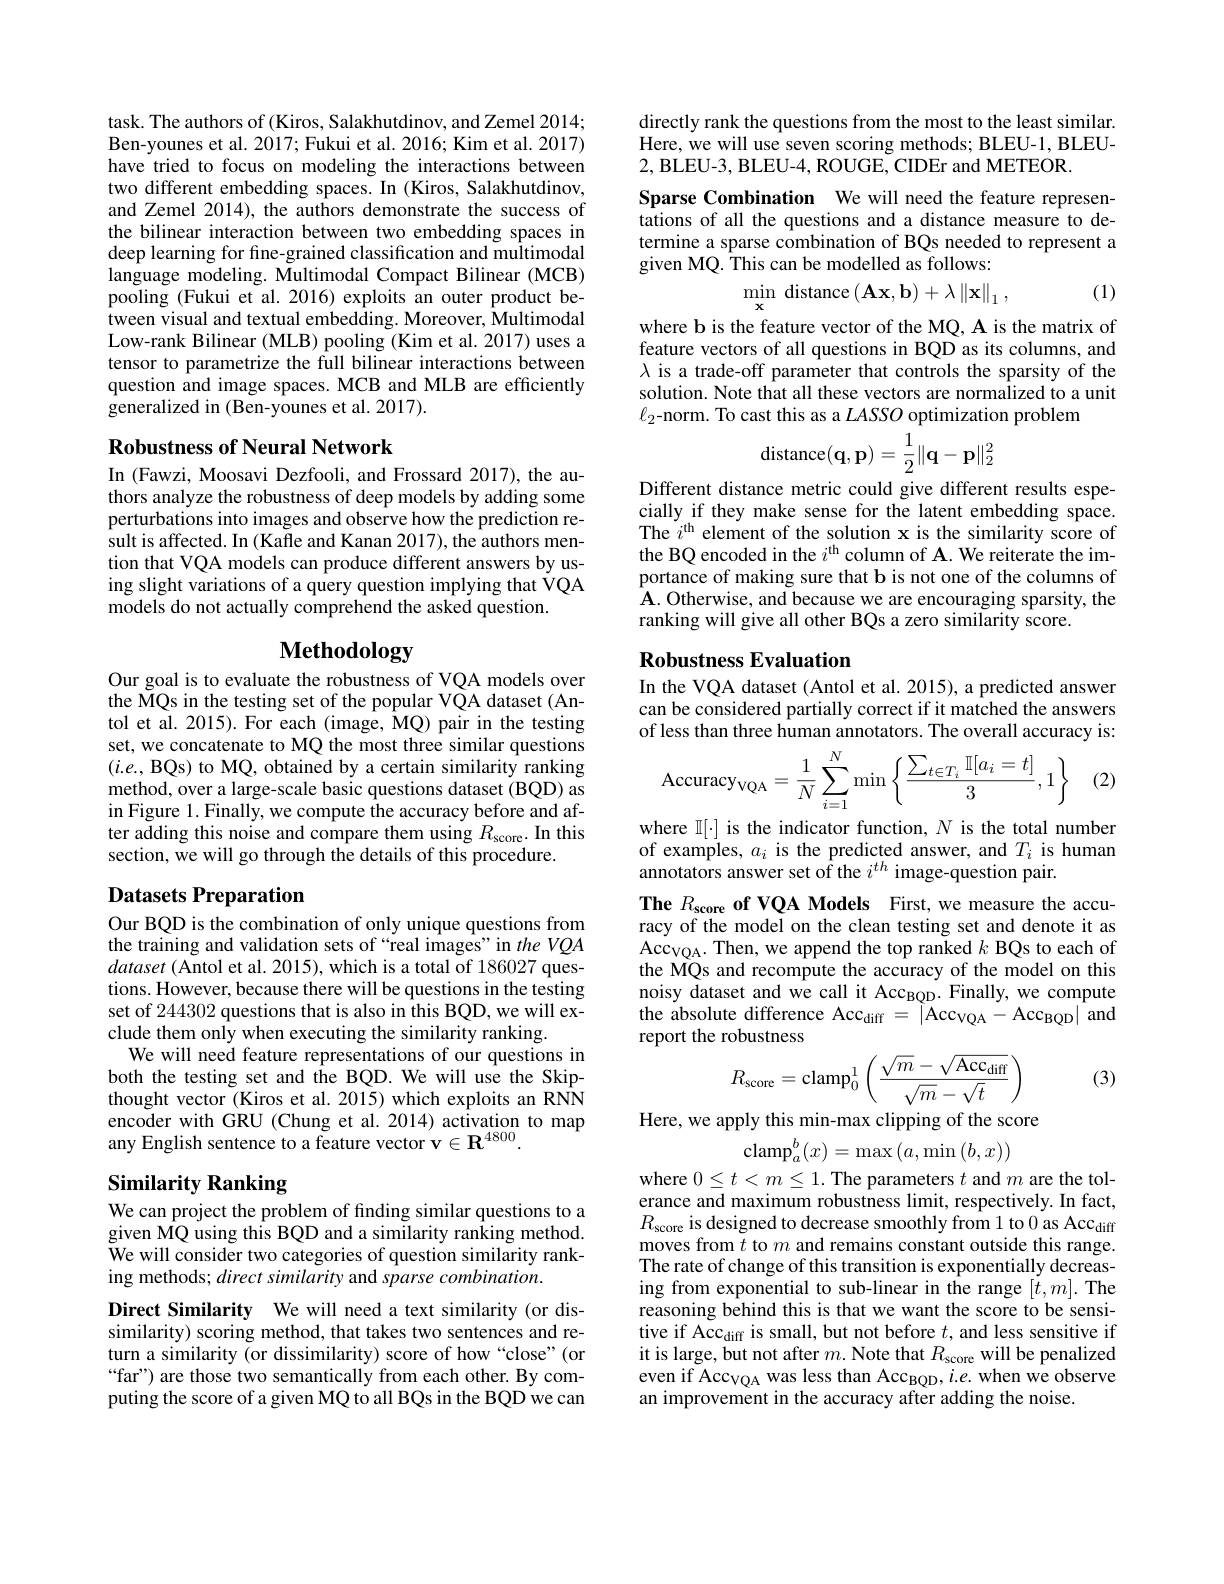
task. The authors of (Kiros, Salakhutdinov, and Zemel 2014; Ben-younes et al. 2017; Fukui et al. 2016; Kim et al. 2017) have tried to focus on modeling the interactions between two different embedding spaces. In (Kiros, Salakhutdinov, and Zemel 2014), the authors demonstrate the success of the bilinear interaction between two embedding spaces in deep learning for fine-grained classification and multimodal language modeling. Multimodal Compact Bilinear (MCB) pooling (Fukui et al. 2016) exploits an outer product between visual and textual embedding. Moreover, Multimodal Low-rank Bilinear (MLB) pooling (Kim et al. 2017) uses a tensor to parametrize the full bilinear interactions between question and image spaces. MCB and MLB are efficiently generalized in (Ben-younes et al. 2017).

## Robustness of Neural Network

In (Fawzi, Moosavi Dezfooli, and Frossard 2017), the authors analyze the robustness of deep models by adding some perturbations into images and observe how the prediction result is affected. In (Kafle and Kanan 2017), the authors mention that VQA models can produce different answers by using slight variations of a query question implying that VQA models do not actually comprehend the asked question.

# Methodology

Our goal is to evaluate the robustness of VQA models over the WQs in the testing set of the popular VQA dataset (Antol et al. 2015). For each (image, MQ) pair in the testing set, we concatenate to MQ the most three similar questions $(i.e.$, BQs) to MQ, obtained by a certain similarity ranking method, over a large-scale basic questions dataset (BQD) as in Figure 1. Finally, we compute the accuracy before and after adding this noise and compare them using $R_\mathrm{score}.$ In this section, we will go through the details of this procedure.

## Datasets Preparation

Our BQD is the combination of only unique questions from the training and validation sets of “real images”in theVQA dataset (Antol et al. 2015), which is a total of 186027 questions. However, because there will be questions in the testing set of 244302 questions that is also in this BQD, we will exclude them only when executing the similarity ranking.
We will need feature representations of our questions in both the testing set and the BQD. We will use the Skipthought vector (Kiros et al. 2015) which exploits an RNN encoder with GRU (Chung et al.2014) activation to map any English sentence to a feature vector $\mathbf{v}\in\mathbf{R}^{4800}.$

# Similarity Ranking

We can project the problem of finding similar questions to a given MQ using this BQD and a similarity ranking method. We will consider two categories of question similarity ranking methods; direct similarity and sparse combination.

Direct Similarity We will need a text similarity (or dissimilarity) scoring method, that takes two sentences and return a similarity (or dissimilarity) score of how “close”(or “far”) are those two semantically from each other. By computing the score of a given MQ to all BQs in the BQD we can

directly rank the questions from the most to the least similar. Here, we will use seven scoring methods; BLEU-1, BLEU- 2, BLEU-3, BLEU-4, ROUGE, CIDEr and METEOR

Sparse Combination We will need the feature representations of all the questions and a distance measure to determine a sparse combination of BQs needed to represent a given MQ. This can be modelled as follows:
(1)
$$\min_{\mathbf{x}}\:\mathrm{distance}\left(\mathbf{A}\mathbf{x},\mathbf{b}\right)+\lambda\left\|\mathbf{x}\right\|_{1},$$
where b is the feature vector of the MQ, A is the matrix of feature vectors of all questions in BQD as its columns, and $\lambda$ is a trade-off parameter that controls the sparsity of the solution. Note that all these vectors are normalized to a unit $\ell_{2}$-norm. To cast this as a $LASSO$ optimization problem
$$\mathrm{distance}(\mathbf{q},\mathbf{p})=\frac{1}{2}\|\mathbf{q}-\mathbf{p}\|_2^2$$
Different distance metric could give different results especially if they make sense for the latent embedding space. The $i^\mathrm{th}$ element of the solution x is the similarity score of the BQ encoded in the $i^\mathrm{th}$ column of A. We reiterate the importance of making sure that b is not one of the columns of $\mathbf{A}.$Otherwise, and because we are encouraging sparsity, the ranking will give all other BQs a zero similarity score.

## Robustness Evaluation In the VQA dataset (Antol et al. 2015), a predicted answer

can be considered partially correct if it matched the answers of less than three human annotators. The overall accuracy is:
$$\text{Accuracy}_{\text{VQA}}=\dfrac{1}{N}\sum_{i=1}^{N}\min\left\{\dfrac{\sum_{t\in T_i}\mathbb{I}[a_i=t]}{3},1\right\}$$
(2.

where $\mathbb{I}[\cdot]$ is the indicator function, $N$ is the total number of examples, $a_i$ is the predicted answer, and $T_i$ is human annotators answer set of the $i^{th}$ image-question pair.
The $R_{\mathrm{score}}$ of VQA Models First, we measure the accuracy of the model on the clean testing set and denote it as Accc$_\mathrm{VQA}.$ Then, we append the top ranked $k$ BQs to each of the MQs and recompute the accuracy of the model on this noisy dataset and we call it Acc$_{\mathrm{BQD}}.$ Finally, we compute the absolute difference Accc$_\mathrm{diff}=|\mathrm{Acc}_{\mathrm{VQA}}-\mathrm{Acc}_{\mathrm{BQD}}|$ and report the robustness
$$R_{\text{score}}=\text{clamp}_0^1\left(\frac{\sqrt{m}-\sqrt{\text{Acc}_{\text{diff}}}}{\sqrt{m}-\sqrt{t}}\right)$$
(3)

Here, we apply this min-max clipping of the score
$\operatorname{clamp}_a^b(x)=\operatorname*{max}\left(a,\operatorname*{min}\left(b,x\right)\right)$

where $0\leq t<m\leq1.$ The parameters $t$ and $m$ are the tolerance and maximum robustness limit, respectively. In fact, $R_{\mathrm{score}}$ is designed to decrease smoothly from 1 to 0 as Accc$_\mathrm{diff}$ moves from $t$ to $m$ and remains constant outside this range. The rate of change of this transition is exponentially decreasing from exponential to sub-linear in the range $[t,m].$The reasoning behind this is that we want the score to be sensitive if Accc$_\mathrm{diff}$ is small, but not before $t$,and less sensitive if it is large, but not after $m.$ Note that $R_\mathrm{score}$ will be penalized even if Acc$_\mathrm{VQA}$ was less than Acc$_\mathrm{BQD},i.e.$ when we observe an improvement in the accuracy after adding the noise